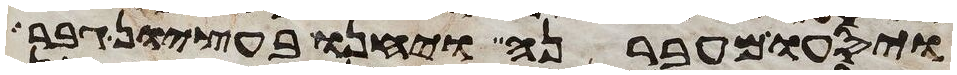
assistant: ויסעו מעברנה ויחנו בעציון גבר